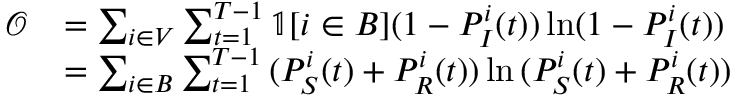
\begin{array} { r l } { \mathcal { O } } & { = \sum _ { i \in V } \sum _ { t = 1 } ^ { T - 1 } \mathbb { 1 } [ i \in B ] ( 1 - P _ { I } ^ { i } ( t ) ) \ln ( 1 - P _ { I } ^ { i } ( t ) ) } \\ & { = \sum _ { i \in B } \sum _ { t = 1 } ^ { T - 1 } { ( P _ { S } ^ { i } ( t ) + P _ { R } ^ { i } ( t ) ) \ln { ( P _ { S } ^ { i } ( t ) + P _ { R } ^ { i } ( t ) ) } } } \end{array}